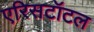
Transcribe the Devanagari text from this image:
एरिसटॉटल